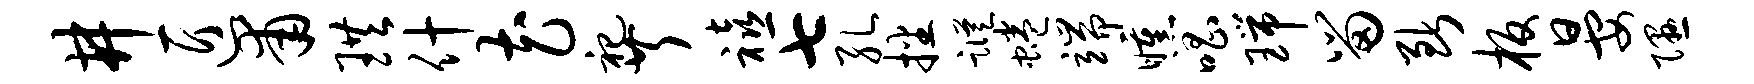
井匠甫珙什花祀芹禧七孔播踪蜷端曛唱瑞留断板晏隰